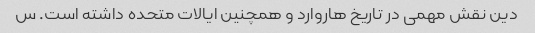
دین نقش مهمی در تاریخ هاروارد و همچنین ایالات متحده داشته است. س